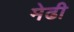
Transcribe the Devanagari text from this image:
मेढी